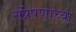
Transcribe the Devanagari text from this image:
संप्रेषणाच्या